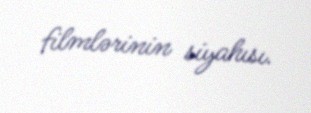
filmlərinin siyahısı.